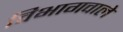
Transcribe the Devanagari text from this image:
विभागवाले